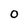
Character: 0